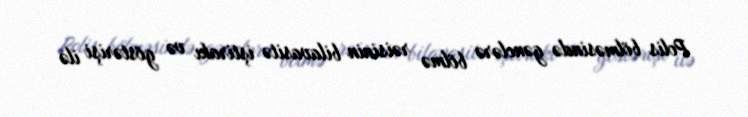
Polis bölməsində gənclərə bölmə rəisinin bilavasitə iştirakı və göstərişi ilə